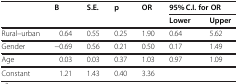
|  | B | S.E. | p | OR | <COLSPAN=2> 95% C.I. for OR |
 |  |  |  |  |  | Lower | Upper |
 | --- | --- | --- | --- | --- | --- | --- |
 | Rural–urban | 0.64 | 0.55 | 0.25 | 1.90 | 0.64 | 5.62 |
 | Gender | −0.69 | 0.56 | 0.21 | 0.50 | 0.17 | 1.49 |
 | Age | 0.03 | 0.03 | 0.37 | 1.03 | 0.97 | 1.09 |
 | Constant | 1.21 | 1.43 | 0.40 | 3.36 |  |  |